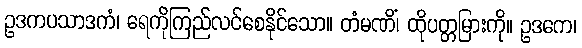
ဥဒကပသာဒကံ၊ ရေကိုကြည်လင်စေနိုင်သော။ တံမဏိံ၊ ထိုပတ္တမြားကို။ ဥဒကေ၊